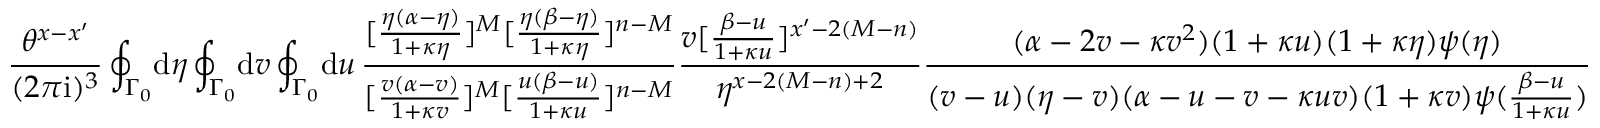
\frac { \theta ^ { x - x ^ { \prime } } } { ( 2 \pi \mathrm { i } ) ^ { 3 } } \oint _ { \Gamma _ { 0 } } \! \mathrm { d } \eta \oint _ { \Gamma _ { 0 } } \! \mathrm { d } v \oint _ { \Gamma _ { 0 } } \! \mathrm { d } u \, \frac { [ \frac { \eta ( \alpha - \eta ) } { 1 + \kappa \eta } ] ^ { M } [ \frac { \eta ( \beta - \eta ) } { 1 + \kappa \eta } ] ^ { n - M } } { [ \frac { v ( \alpha - v ) } { 1 + \kappa v } ] ^ { M } [ \frac { u ( \beta - u ) } { 1 + \kappa u } ] ^ { n - M } } \frac { v [ \frac { \beta - u } { 1 + \kappa u } ] ^ { x ^ { \prime } - 2 ( M - n ) } } { \eta ^ { x - 2 ( M - n ) + 2 } } \frac { ( \alpha - 2 v - \kappa v ^ { 2 } ) ( 1 + \kappa u ) ( 1 + \kappa \eta ) \psi ( \eta ) } { ( v - u ) ( \eta - v ) ( \alpha - u - v - \kappa u v ) ( 1 + \kappa v ) \psi ( \frac { \beta - u } { 1 + \kappa u } ) }